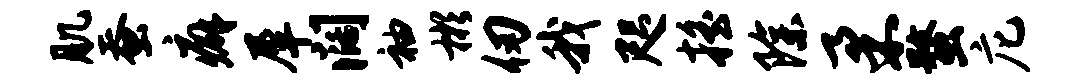
肌蚕癖犀阔袖彬仞我咫摇除柔蝥庀